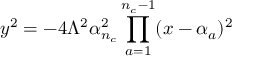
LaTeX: y ^ { 2 } = - 4 \Lambda ^ { 2 } \alpha _ { n _ { c } } ^ { 2 } \prod _ { a = 1 } ^ { n _ { c } - 1 } ( x - \alpha _ { a } ) ^ { 2 }